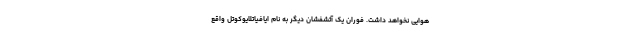
هوایی نخواهد داشت. فوران یک آتشفشان دیگر به نام ایافیاتلایوکوتل واقع